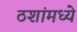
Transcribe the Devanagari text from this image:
ठशांमध्ये